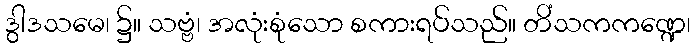
ဒွါဒသမေ၊ ၌။ သဗ္ဗံ၊ အလုံးစုံသော စကားရပ်သည်။ တိံသကကဏ္ဍေ၊